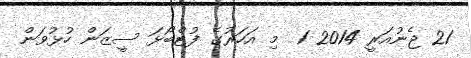
21 ޖެނުއަރީ 2014 1  މި އަހަރުގެ ފުޓްބޯޅަ ސީޒަން ހުޅުވަން